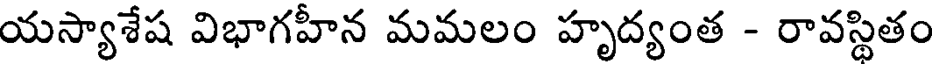
యస్యాశేష విభాగహీన మమలం హృద్యంత - రావస్థితం